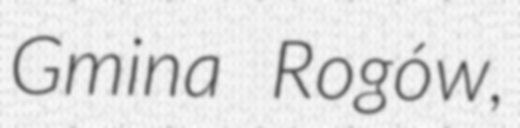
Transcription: Gmina Rogów,